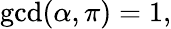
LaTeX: \operatorname*{gcd}(\alpha,\pi)=1,